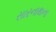
સારનાથના